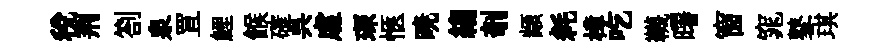
税荆劄泉罝鯉餱確呉䖏琛愜暁縐剞顓耗樟吃韈曙窗窕鼕琪